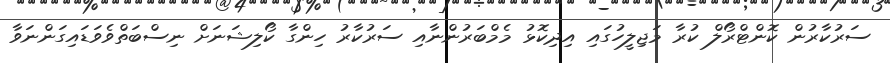
ސަރުކާރުން ކޮންޓްރޯލް ކުރާ މަޖިލީހުގައި އިދިކޮޅު މެމްބަރުންނާއި ސަރުކާރުު ހިންގާ ކޯލިޝަނަށް ނިސްބަތްވެވަޑައިގަންނަވާ